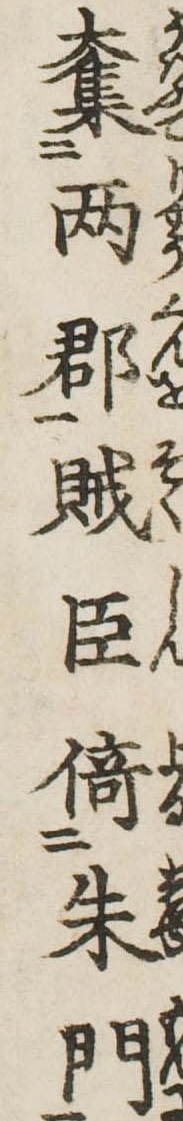
奪两郡賊臣倚朱門